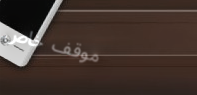
موقف خاص